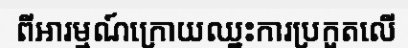
ពីអារម្មណ៍ក្រោយឈ្នះការប្រកួតលើ